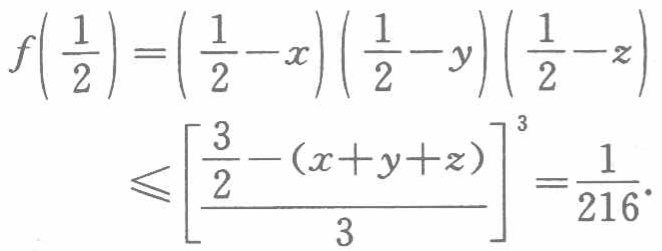
\[
\begin{align*}
f\left(\frac{1}{2}\right)&=\left(\frac{1}{2}-x\right)\left(\frac{1}{2}-y\right)\left(\frac{1}{2}-z\right)\\
&\leqslant\left[\frac{\frac{3}{2}-(x + y + z)}{3}\right]^3=\frac{1}{216}.
\end{align*}
\]